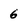
Character: 6